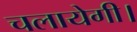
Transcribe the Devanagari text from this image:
चलायेगी।